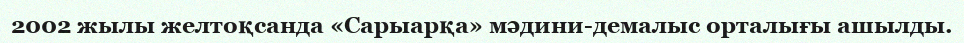
2002 жылы желтоқсанда «Сарыарқа» мәдини-демалыс орталығы ашылды.